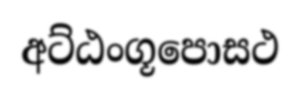
අට්ඨංගූපොසථ